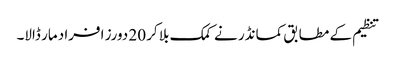
تنظیم کے مطابق کمانڈر نے کمک بلا کر 20 دورز افراد مار ڈالا۔